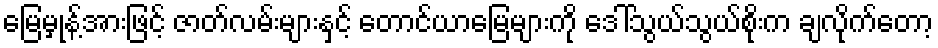
မြေမှုန့်အားဖြင့် ဇာတ်လမ်းများနှင့် တောင်ယာမြေများကို ဒေါ်သွယ်သွယ်စိုးက ချလိုက်တော့